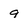
Character: 9